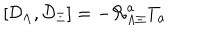
\left[ { \cal D } _ { \Lambda } , { \cal D } _ { \Xi } \right] = - { \cal R } _ { \Lambda \Xi } ^ { a } T _ { a }